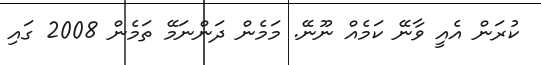
ކުރަން އެއީ ވާނޭ ކަމެއް ނޫނޭ. މަމެން ދަންނަމޭ ތަމެން 2008 ގައި